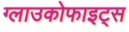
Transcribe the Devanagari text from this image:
ग्लाउकोफाइट्स